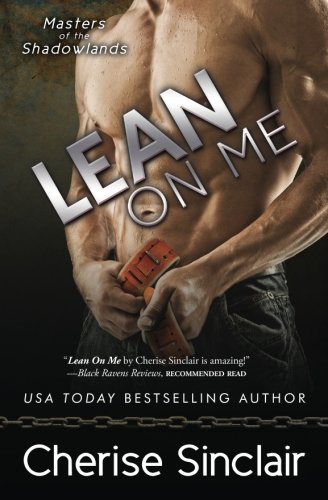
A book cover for Lean on Me (Masters of the Shadowlands) (Volume 4); Cherise Sinclair; Romance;